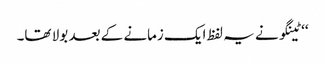
‘‘ ٹینگو نے یہ لفظ ایک زمانے کے بعد بولا تھا۔